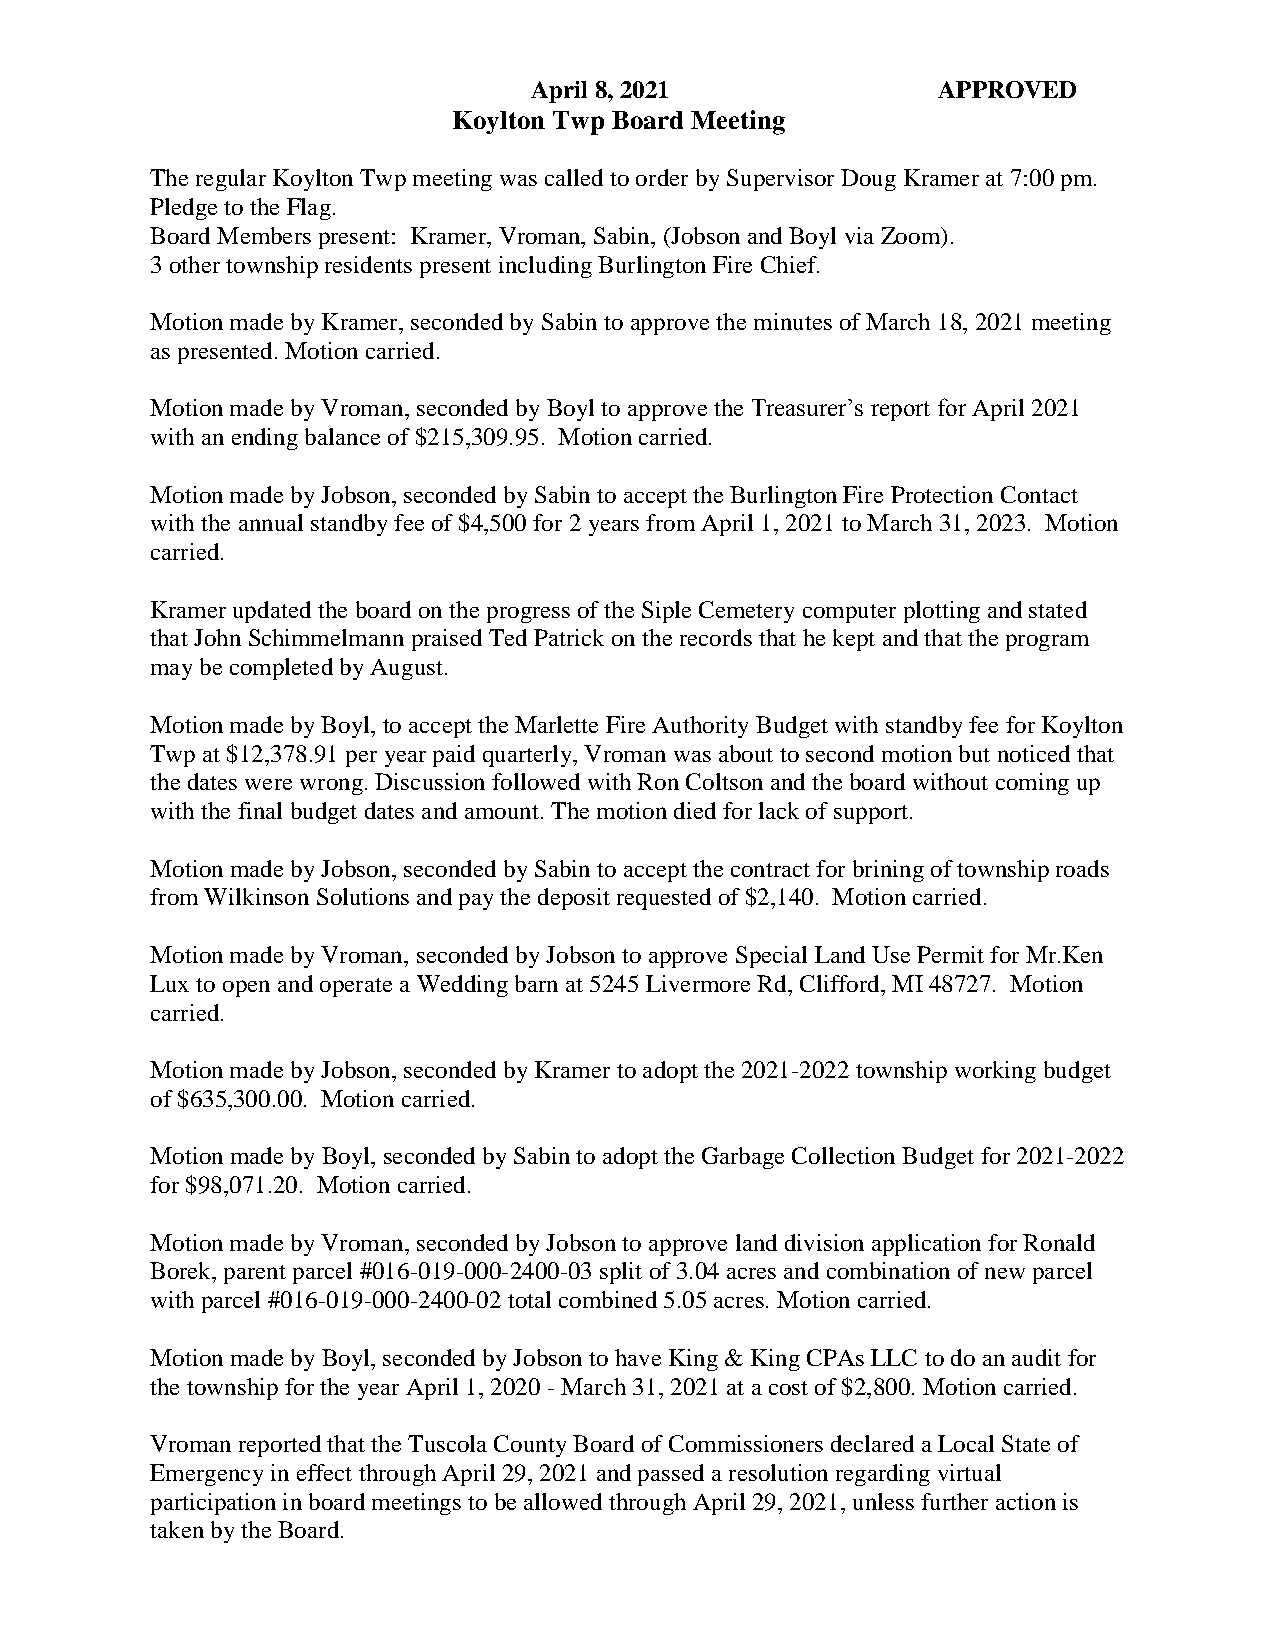
April 8, 2021              APPROVED
 Koylton Twp Board Meeting
 The regular Koylton Twp meeting was called to order by Supervisor Doug Kramer at 7:00 pm.
 Pledge to the Flag.
 Board Members present: Kramer, Vroman, Sabin, (Jobson and Boyl via Zoom).
 3 other township residents present including Burlington Fire Chief.
 Motion made by Kramer, seconded by Sabin to approve the minutes of March 18, 2021 meeting
 as presented. Motion carried.
 Motion made by Vroman, seconded by Boyl to approve the Treasurer’s report for April 2021
 with an ending balance of $215,309.95. Motion carried.
 Motion made by Jobson, seconded by Sabin to accept the Burlington Fire Protection Contact
 with the annual standby fee of $4,500 for 2 years from April 1, 2021 to March 31, 2023. Motion
 carried.
 Kramer updated the board on the progress of the Siple Cemetery computer plotting and stated
 that John Schimmelmann praised Ted Patrick on the records that he kept and that the program
 may be completed by August.
 Motion made by Boyl, to accept the Marlette Fire Authority Budget with standby fee for Koylton
 Twp at $12,378.91 per year paid quarterly, Vroman was about to second motion but noticed that
 the dates were wrong. Discussion followed with Ron Coltson and the board without coming up
 with the final budget dates and amount. The motion died for lack of support.
 Motion made by Jobson, seconded by Sabin to accept the contract for brining of township roads
 from Wilkinson Solutions and pay the deposit requested of $2,140. Motion carried.
 Motion made by Vroman, seconded by Jobson to approve Special Land Use Permit for Mr.Ken
 Lux to open and operate a Wedding barn at 5245 Livermore Rd, Clifford, MI 48727. Motion
 carried.
 Motion made by Jobson, seconded by Kramer to adopt the 2021-2022 township working budget
 of $635,300.00. Motion carried.
 Motion made by Boyl, seconded by Sabin to adopt the Garbage Collection Budget for 2021-2022
 for $98,071.20. Motion carried.
 Motion made by Vroman, seconded by Jobson to approve land division application for Ronald
 Borek, parent parcel #016-019-000-2400-03 split of 3.04 acres and combination of new parcel
 with parcel #016-019-000-2400-02 total combined 5.05 acres. Motion carried.
 Motion made by Boyl, seconded by Jobson to have King & King CPAs LLC to do an audit for
 the township for the year April 1, 2020 - March 31, 2021 at a cost of $2,800. Motion carried.
 Vroman reported that the Tuscola County Board of Commissioners declared a Local State of
 Emergency in effect through April 29, 2021 and passed a resolution regarding virtual
 participation in board meetings to be allowed through April 29, 2021, unless further action is
 taken by the Board.